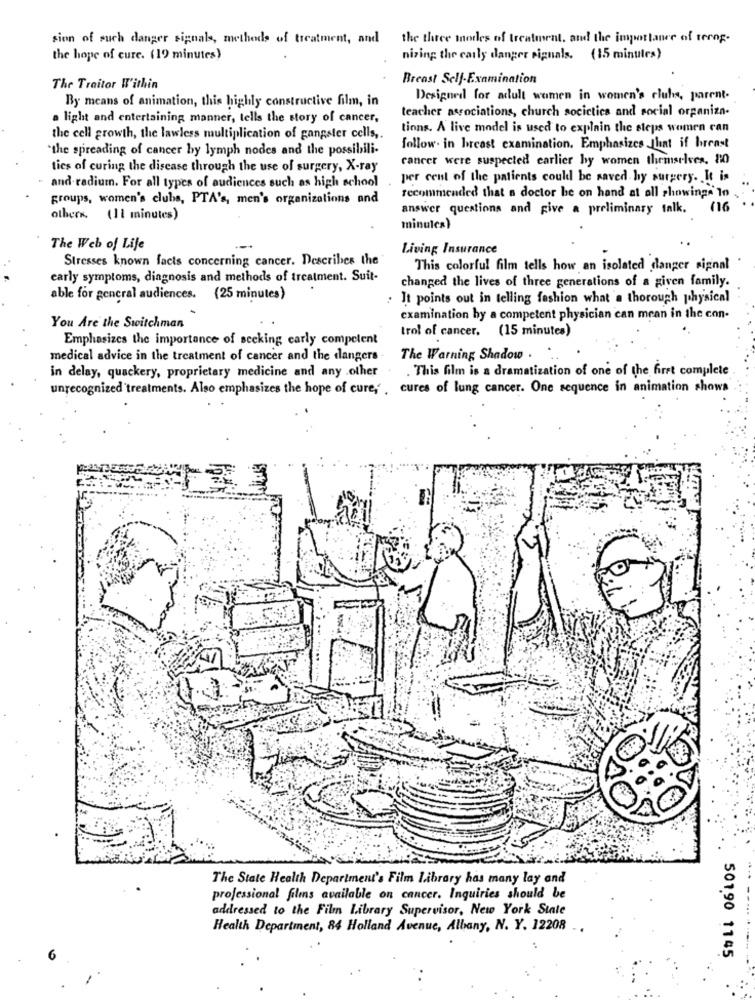
sion of such danger signals, methods of treatment, and the three mnodes of treatment, and the importance of terog-
the hope of cure. (19 minutes)
nizing the carly danger signals. (15 minutes)
Breast Self-Examination
The Traitor Within
By means of animation, this highly constructive film, in
Designed for adult women in women's clubs, parent.
teacher associations, church socictics and social organiza-
a light and entertaining manner, tells the story of cancer,
tions. A live model is used to explain the steps women ran
the cell growth, the lawless multiplication of gangster cells ,.
the spreading of cancer by lymph nodes and the possibili-
follow. in breast examination. Emphasizes Jhat if breast
cancer were suspected carlier hy women themselves. 80
ties of curing the disease through the use of surgery, X-ray
and radium. For all types of audiences such as high school
per cent of the patients could be saved hy surgery. It is
recommended that a doctor he on hand at all showings In
groups, women's clubs, PTA's, men's organizations and
answer questions and give a preliminary talk. (16
others. (11 minutes)
minutes)
The Web of Life
Living Insurance
Stresses known facts concerning cancer. Describes the
This colorful film tells how an isolated danger signal
early symptoms, diagnosis and methods of treatment. Suit-
changed the lives of three generations of a given family.
able for general audiences. (25 minutes)
. It points out in telling fashion what a thorough physical
examination by a competent physician can mean in the con-
You Are the Switchman
(15 minutes)
Emphasizes the importance of seeking carly competent
trol of cancer.
medical advice in the treatment of cancer and the dangers .
The Warning Shadow .
. This film is a dramatization of one of the first complete
in delay, quackery, proprietary medicine and any .other
unrecognized treatments. Also emphasizes the hope of cure, . cures of lung cancer. One sequence in animation shows
The State Health Department's Film Library has many lay and
professional films available on cancer. Inquiries should be
addressed to the Film Library Supervisor, New York State
Health Department, 84 Holland Avenue, Albany, N. Y. 12208
50190 1145